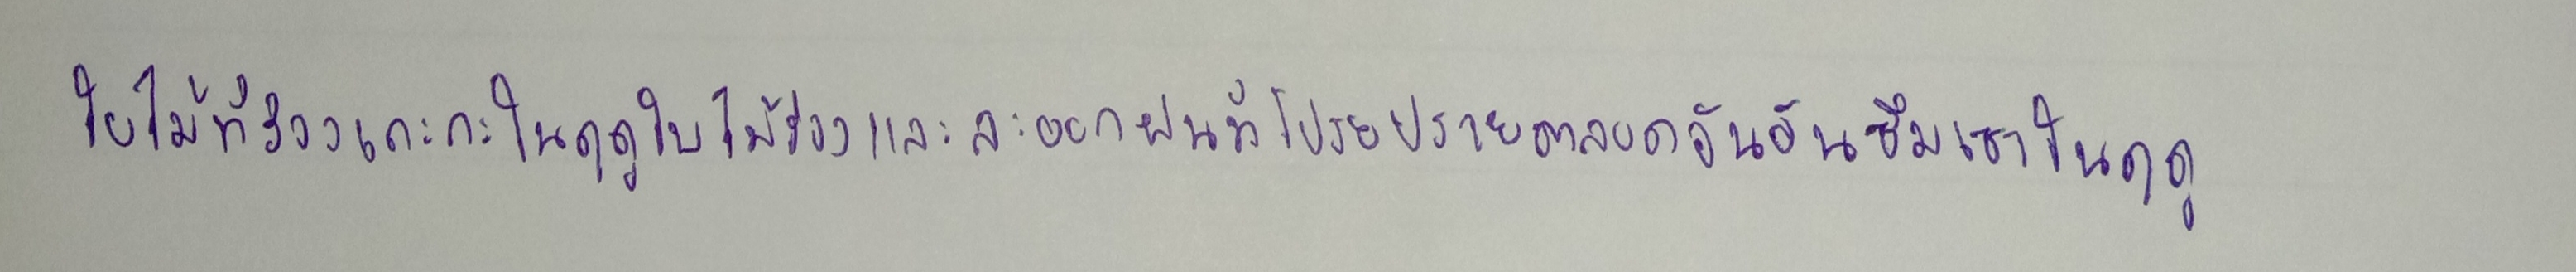
ใบไม้ที่ร่วงเกะกะในฤดูใบไม้ร่วงและละออกฝนที่โปรยปรายตลอดวันอันซึมเซาในฤดู